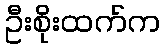
ဦးစိုးထက်က